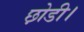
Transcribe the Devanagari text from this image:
छ़ोडी।